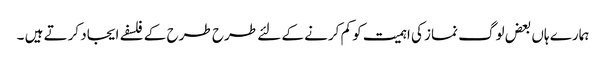
ہمارے ہاں بعض لوگ نماز کی اہمیت کو کم کرنے کے لئے طرح طرح کے فلسفے ایجاد کرتے ہیں ۔